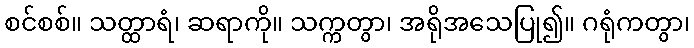
စင်စစ်။ သတ္ထာရံ၊ ဆရာကို။ သက္ကတွာ၊ အရိုအသေပြု၍။ ဂရုံကတွာ၊